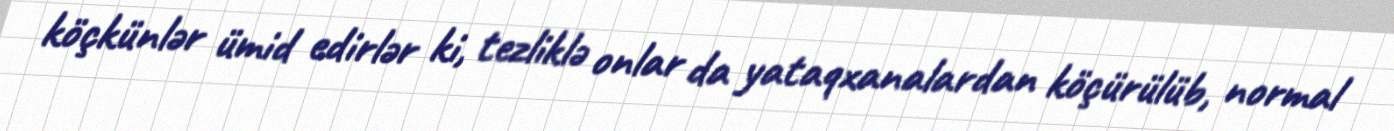
köçkünlər ümid edirlər ki, tezliklə onlar da yataqxanalardan köçürülüb, normal